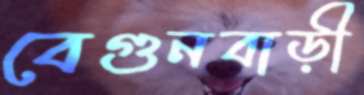
বেগুনবাড়ী